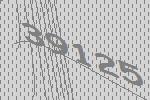
39125